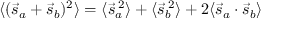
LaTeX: \langle ( { \vec { s } } _ { a } + { \vec { s } } _ { b } ) ^ { 2 } \rangle = \langle { \vec { s } } _ { a } ^ { \; 2 } \rangle + \langle { \vec { s } } _ { b } ^ { \; 2 } \rangle + 2 \langle { \vec { s } } _ { a } \cdot { \vec { s } } _ { b } \rangle